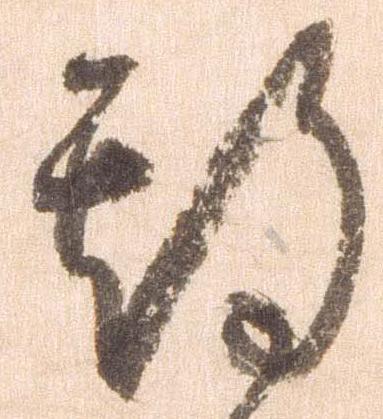
期